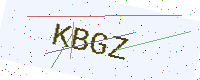
Text: KBGZ